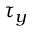
\tau _ { y }